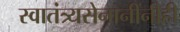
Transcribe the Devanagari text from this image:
स्वातंत्र्यसेनानींनीही